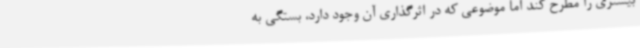
بیشتری را مطرح کند اما موضوعی که در اثرگذاری آن وجود دارد، بستگی به